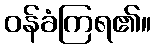
ဝန်ခံကြရ၏။